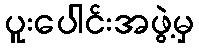
ပူးပေါင်းအဖွဲ့မှ